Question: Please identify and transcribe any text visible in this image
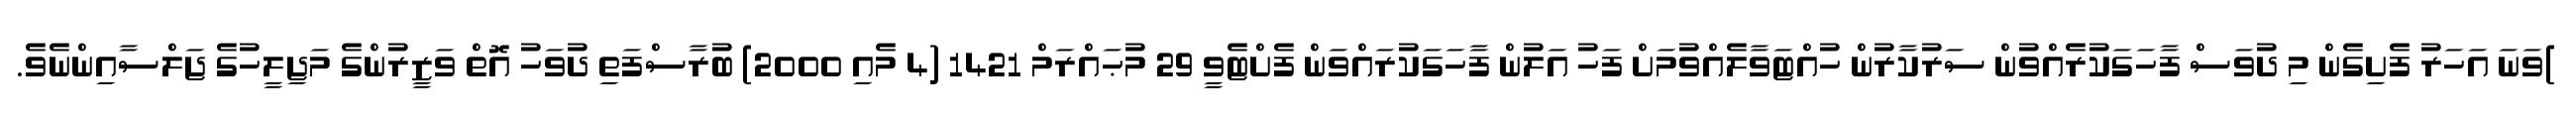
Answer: )ވަނަ އަހަރު ފެށިގެން މި ދުވަސް ފާހަގަކުރެއްވުން ސަރުކާރުން ހުއްޓަވާލެއްވުމަށް ފަހު އަލުން ފާހަގަކުރައްވަން ފެށްޓެވީ 29 މުޙައްރަމް 1421 (4 މެއި 2000) ބުރާސްފަތި ދުވަހު އޮތް ވަޒީރުންގެ މަޖިލީހުގެ ޖަލްސާއިންނެވެ.